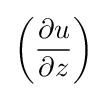
\left({\frac {\partial u}{\partial z}}\right)